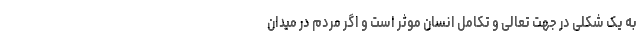
به یک شکلی در جهت تعالی و تکامل انسان موثر است و اگر مردم در میدان